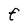
Character: F